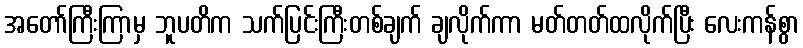
အတော်ကြီးကြာမှ ဘူပတိက သက်ပြင်းကြီးတစ်ချက် ချလိုက်ကာ မတ်တတ်ထလိုက်ပြီး လေးကန်စွာ